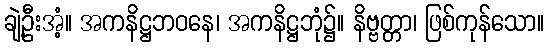
ချဲ့ဦးအံ့။ အကနိဋ္ဌဘဝနေ၊ အကနိဋ္ဌဘုံ၌။ နိဗ္ဗတ္တာ၊ ဖြစ်ကုန်သော။